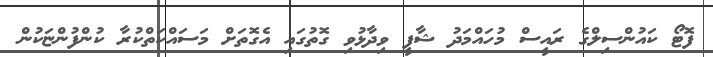
ފޮޓޯ ކައުންސިލްގެ ރައީސް މުހައްމަދު ޝާފީ ވިދާޅުވި ގޮތުގައި އެގޮތަށް މަސައްކަތްކުރާ ކުންފުންޏަކުން